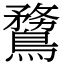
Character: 䳱